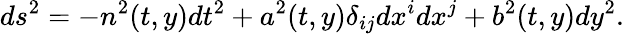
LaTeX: ds^{2}=-n^{2}(t,y)dt^{2}+a^{2}(t,y)\delta_{ij}dx^{i}dx^{j}+b^{2}(t,y)dy^{2}.